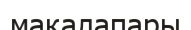
мақалапары